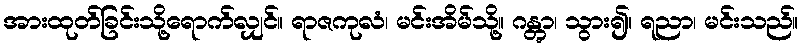
အားထုတ်ခြင်းသို့ရောက်လျှင်။ ရာဇကုလံ၊ မင်းအိမ်သို့။ ဂန္တွာ၊ သွား၍။ ရညာ၊ မင်းသည်။